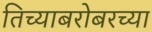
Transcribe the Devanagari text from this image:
तिच्याबरोबरच्या